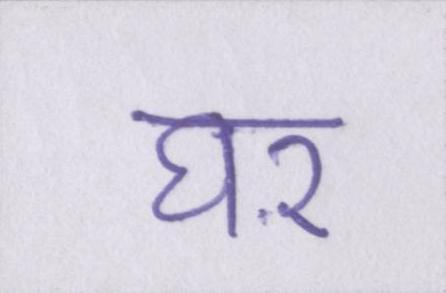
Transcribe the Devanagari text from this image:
घऱ